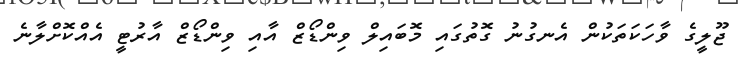
ޖޫލީގެ ވާހަކަތަކުން އެނގުނު ގޮތުގައި މޮބައިލް ވިންޑޯޒް އާއި ވިންޑޯޒް އާރުޓީ އެއްކޮށްލާނެ